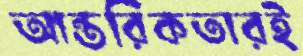
আন্তরিকতারই